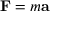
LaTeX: \mathbf { F } = m \mathbf { a }